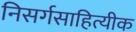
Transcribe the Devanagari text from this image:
निसर्गसाहित्यीक